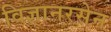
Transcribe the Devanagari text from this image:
विज्ञानरसेन